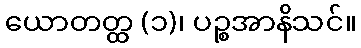
ယောတတ္ထ (၁)၊ ပဉ္စအာနိသင်။